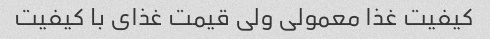
کیفیت غذا معمولی ولی قیمت غذای با کیفیت